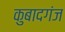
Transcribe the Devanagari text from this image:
कुबादगंज